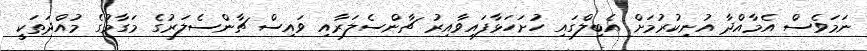
ނަމަވެސް އެމާއްދާ އުނިކުރުމަށް އެބިލްގައި ހުށަހަޅާފައިވާއިރު ޗާންސެލަރާއި ވައިސް ޗާންސެލަރުގެ މަގާމުގެ މުއްދަތަކީ